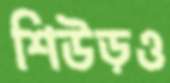
শিউড়ও